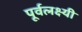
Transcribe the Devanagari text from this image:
पूर्वलक्ष्यी